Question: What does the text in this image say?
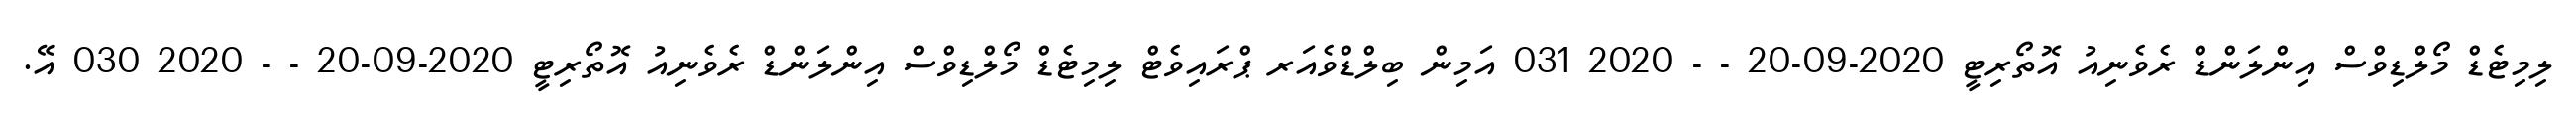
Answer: ލިމިޓެޑް މޯލްޑިވްސް އިންލަންޑް ރެވެނިއު އޮތޯރިޓީ 2020-09-20 - - 2020 031 އަމިން ބިލްޑްވެއަރ ޕްރައިވެޓް ލިމިޓެޑް މޯލްޑިވްސް އިންލަންޑް ރެވެނިއު އޮތޯރިޓީ 2020-09-20 - - 2020 030 އޭ.